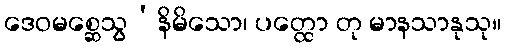
ဒေဝမစ္ဆေသွ’နိမိသော၊ ပတ္ထော တု မာနသာနုသု။